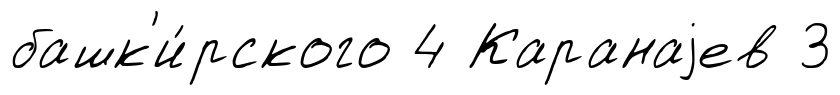
башк'и́рского 4 Каранаjев 3